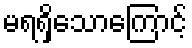
မရရှိသောကြောင့်